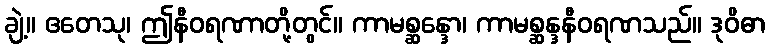
ချဲ့။ ဧတေသု၊ ဤနီဝရဏာတို့တွင်။ ကာမစ္ဆန္ဒော၊ ကာမစ္ဆန္ဒနီဝရဏသည်။ ဒုဝိဓာ